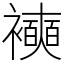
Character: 襫